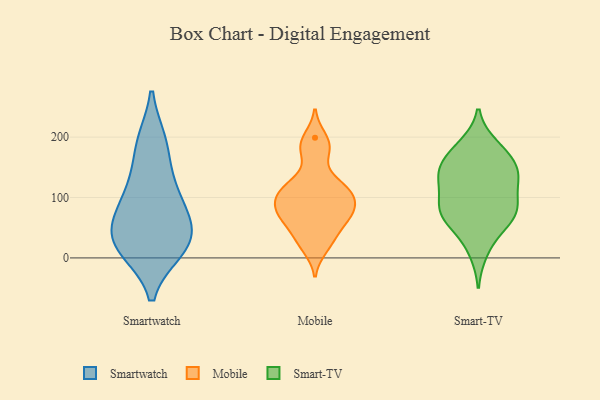
{"axis": {"x": "Budget (USD K)", "y": "Value"}, "legend": ["Mobile", "Smart-TV", "Smartwatch"], "data": [{"x": "", "y": 121, "type": "Smartwatch"}, {"x": "", "y": 76, "type": "Smartwatch"}, {"x": "", "y": 191, "type": "Smartwatch"}, {"x": "", "y": 192, "type": "Smartwatch"}, {"x": "", "y": 13, "type": "Smartwatch"}, {"x": "", "y": 14, "type": "Smartwatch"}, {"x": "", "y": 20, "type": "Smartwatch"}, {"x": "", "y": 68, "type": "Smartwatch"}, {"x": "", "y": 73, "type": "Smartwatch"}, {"x": "", "y": 128, "type": "Smartwatch"}, {"x": "", "y": 27, "type": "Smartwatch"}, {"x": "", "y": 39, "type": "Smartwatch"}, {"x": "", "y": 176, "type": "Mobile"}, {"x": "", "y": 77, "type": "Mobile"}, {"x": "", "y": 113, "type": "Mobile"}, {"x": "", "y": 67, "type": "Mobile"}, {"x": "", "y": 130, "type": "Mobile"}, {"x": "", "y": 16, "type": "Mobile"}, {"x": "", "y": 115, "type": "Mobile"}, {"x": "", "y": 71, "type": "Mobile"}, {"x": "", "y": 109, "type": "Mobile"}, {"x": "", "y": 103, "type": "Mobile"}, {"x": "", "y": 82, "type": "Mobile"}, {"x": "", "y": 183, "type": "Mobile"}, {"x": "", "y": 29, "type": "Mobile"}, {"x": "", "y": 199, "type": "Mobile"}, {"x": "", "y": 40, "type": "Mobile"}, {"x": "", "y": 64, "type": "Mobile"}, {"x": "", "y": 95, "type": "Mobile"}, {"x": "", "y": 40, "type": "Smart-TV"}, {"x": "", "y": 174, "type": "Smart-TV"}, {"x": "", "y": 137, "type": "Smart-TV"}, {"x": "", "y": 126, "type": "Smart-TV"}, {"x": "", "y": 179, "type": "Smart-TV"}, {"x": "", "y": 82, "type": "Smart-TV"}, {"x": "", "y": 133, "type": "Smart-TV"}, {"x": "", "y": 80, "type": "Smart-TV"}, {"x": "", "y": 106, "type": "Smart-TV"}, {"x": "", "y": 10, "type": "Smart-TV"}, {"x": "", "y": 145, "type": "Smart-TV"}, {"x": "", "y": 153, "type": "Smart-TV"}, {"x": "", "y": 75, "type": "Smart-TV"}, {"x": "", "y": 62, "type": "Smart-TV"}, {"x": "", "y": 75, "type": "Smart-TV"}, {"x": "", "y": 140, "type": "Smart-TV"}, {"x": "", "y": 76, "type": "Smart-TV"}, {"x": "", "y": 186, "type": "Smart-TV"}]}